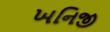
ખનિજી